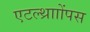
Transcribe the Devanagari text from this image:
एटल्थ्रााोंपस